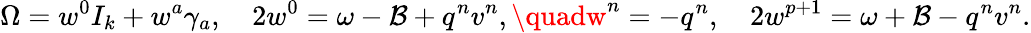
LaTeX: {\Omega}=w^{0}I_{k}+w^{a}\gamma_{a},\quad2w^{0}=\omega-\mathcal{B}+q^{n}v^{n},\quadw^{n}=-q^{n},\quad2w^{p+1}=\omega+\mathcal{B}-q^{n}v^{n}.